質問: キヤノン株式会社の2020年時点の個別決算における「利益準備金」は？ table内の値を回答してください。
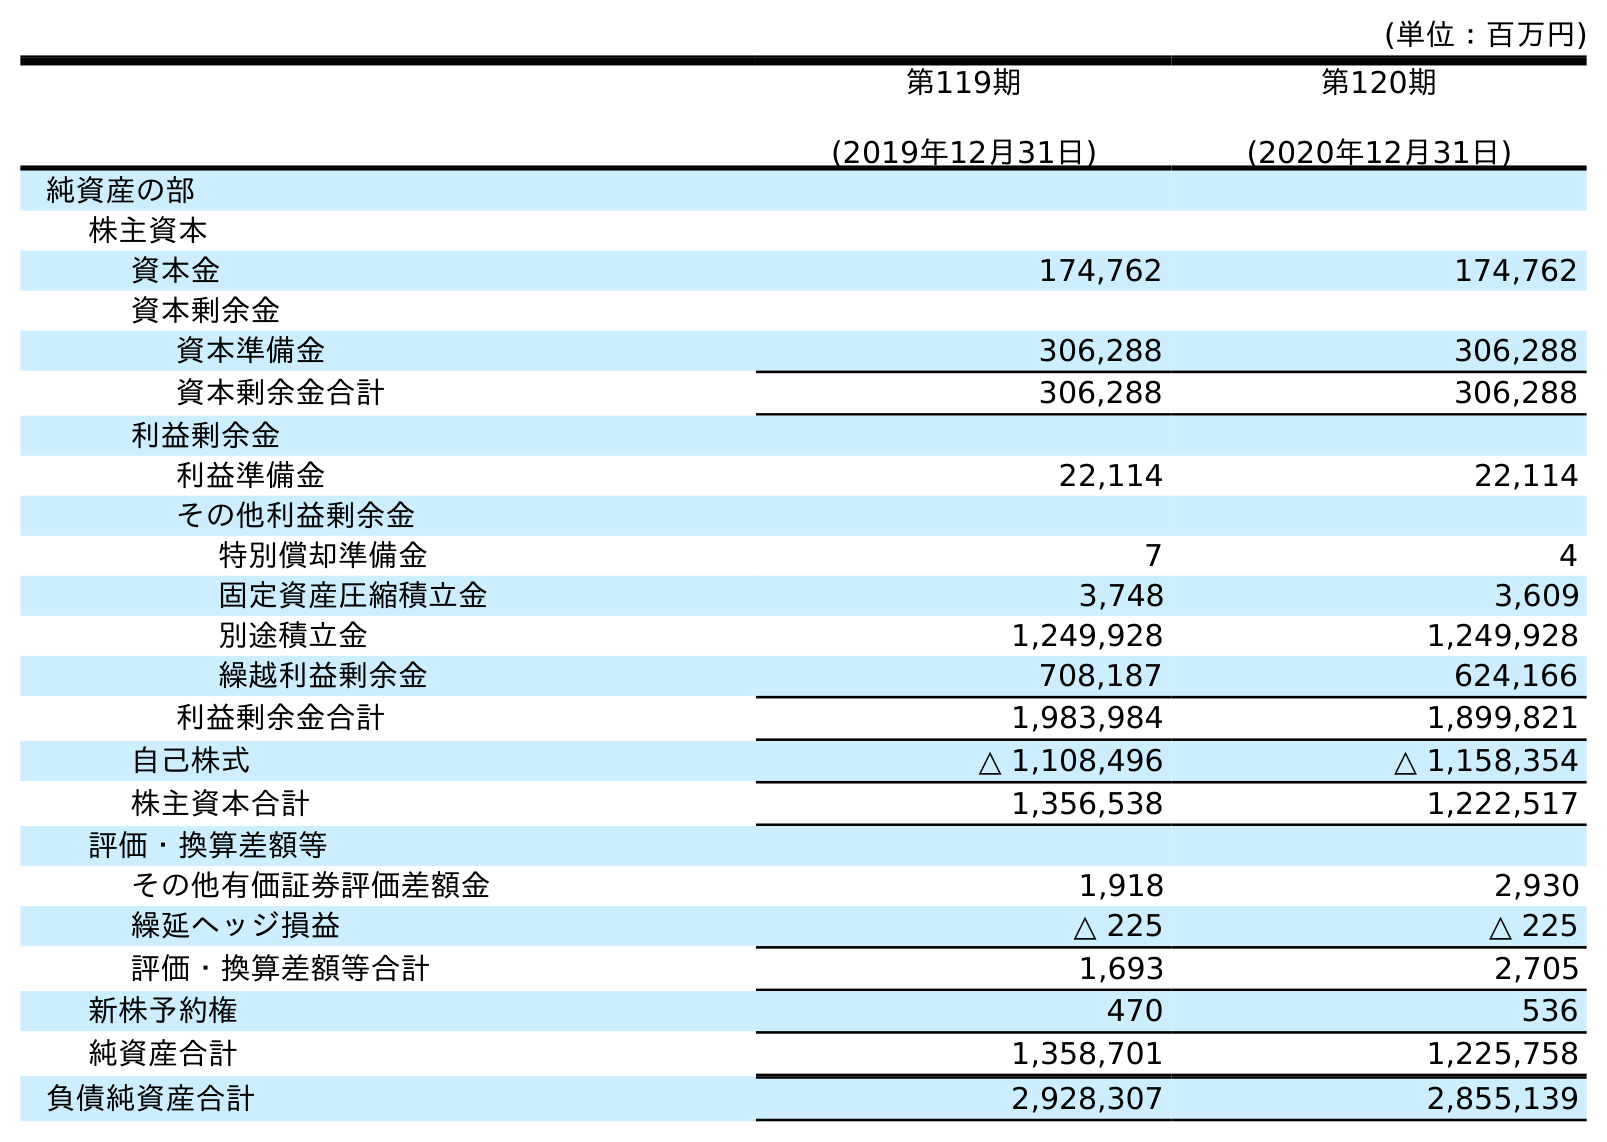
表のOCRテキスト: (単位：百万円) 第119期 (2019年12月31日) 第120期 (2020年12月31日) 純資産の部 株主資本 資本金 174,762 174,762 資本剰余金 資本準備金 306,288 306,288 資本剰余金合計 306,288 306,288 利益剰余金 利益準備金 22,114 22,114 その他利益剰余金 特別償却準備金 7 4 固定資産圧縮積立金 3,748 3,609 別途積立金 1,249,928 1,249,928 繰越利益剰余金 708,187 624,166 利益剰余金合計 1,983,984 1,899,821 自己株式 △ 1,108,496 △ 1,158,354 株主資本合計 1,356,538 1,222,517 評価・換算差額等 その他有価証券評価差額金 1,918 2,930 繰延ヘッジ損益 △ 225 △ 225 評価・換算差額等合計 1,693 2,705 新株予約権 470 536 純資産合計 1,358,701 1,225,758 負債純資産合計 2,928,307 2,855,139
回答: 22,114